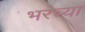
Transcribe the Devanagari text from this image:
भरच्या